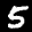
Label: 5